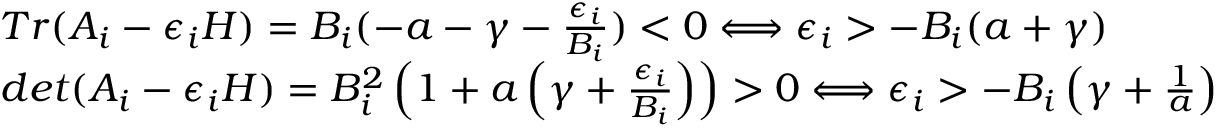
\begin{array} { r l } & { T r ( A _ { i } - \epsilon _ { i } H ) = B _ { i } ( - a - \gamma - \frac { \epsilon _ { i } } { B _ { i } } ) < 0 \Longleftrightarrow \epsilon _ { i } > - B _ { i } ( a + \gamma ) } \\ & { d e t ( A _ { i } - \epsilon _ { i } H ) = B _ { i } ^ { 2 } \left( 1 + a \left( \gamma + \frac { \epsilon _ { i } } { B _ { i } } \right) \right) > 0 \Longleftrightarrow \epsilon _ { i } > - B _ { i } \left( \gamma + \frac { 1 } { a } \right) } \end{array}